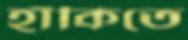
হাঁকিতে